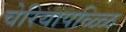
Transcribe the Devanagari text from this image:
चेरियापळ्ळि